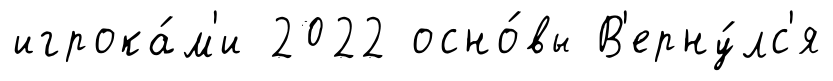
игрока́м'и 2022 осно́вы В'ерну́лс'я